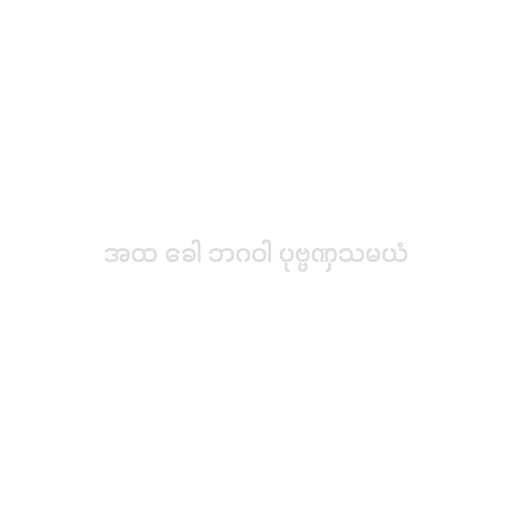
အထ ခေါ ဘဂဝါ ပုဗ္ဗဏှသမယံ